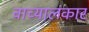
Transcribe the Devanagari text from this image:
वाच्यालंकार